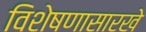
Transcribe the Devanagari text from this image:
विशेषणासारखे